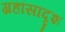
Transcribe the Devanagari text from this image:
ग्रहांसादृश